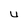
Character: U